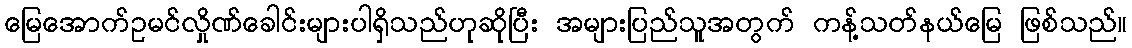
မြေအောက်ဥမင်လှိုဏ်ခေါင်းများပါရှိသည်ဟုဆိုပြီး အများပြည်သူအတွက် ကန့်သတ်နယ်မြေ ဖြစ်သည်။